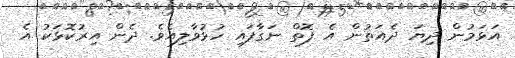
އަޅަމުން ދިޔަ ދެއަތުން އެ ފޮތް ނަގާފައި ހުޅުވާލިއެވެ. ދެން އިރުކޮޅަކު އެ